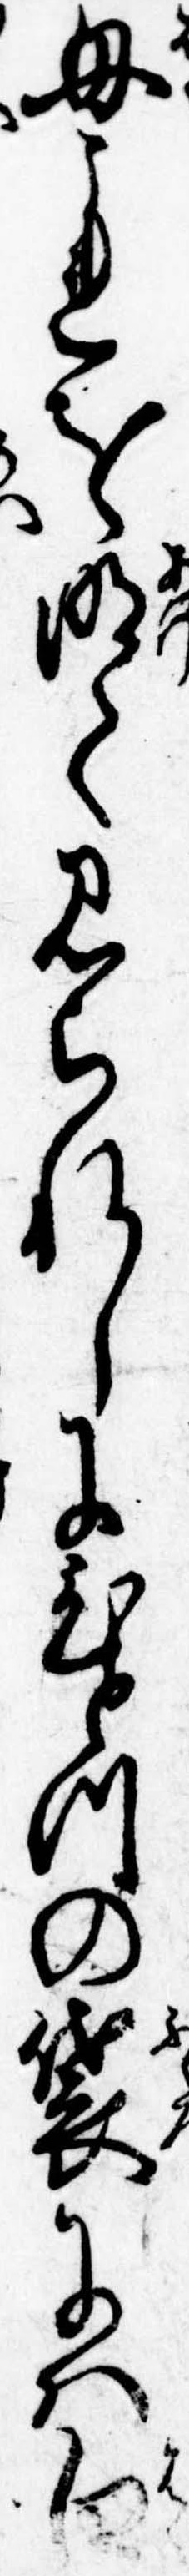
母これを明て見られしにひとつの袋には白